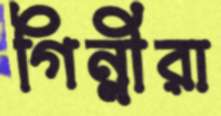
গিন্নীরা